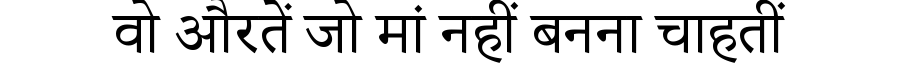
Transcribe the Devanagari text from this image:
वो औरतें जो मां नहीं बनना चाहतीं